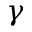
\gamma